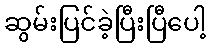
ဆွမ်းပြင်ခဲ့ပြီးပြီပေါ့